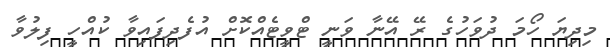
މިދިޔަ ހޯމަ ދުވަހުގެ ރޭ އޭނާ ވަނީ ޓްވީޓެއްކޮށް އުފެދިފައިވާ ކުއްހީ ފިލުވާ